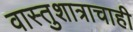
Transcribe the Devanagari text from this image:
वास्तुशात्राचाही